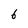
Character: 6